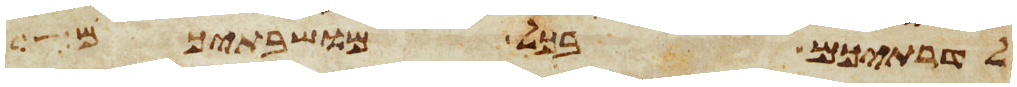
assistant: לדרתיכם בכל מושבתיכם